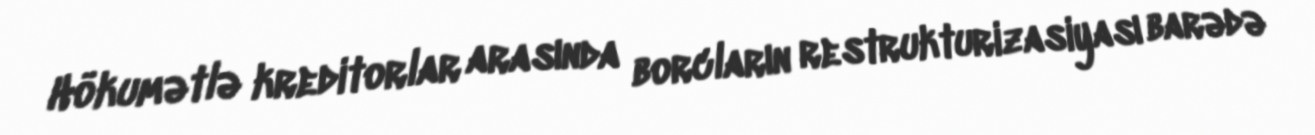
Hökumətlə kreditorlar arasında borcların restrukturizasiyası barədə